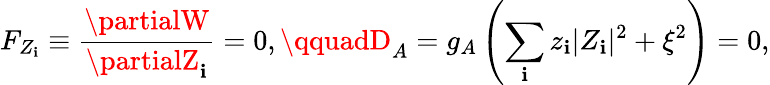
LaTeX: F_{Z_{\mathbf{i}}}\equiv\frac{{\partialW}}{{\partialZ_{\mathbf{i}}}}=0,\qquadD_{A}=g_{A}\left(\sum_{\mathbf{i}}z_{\mathbf{i}}|Z_{\mathbf{i}}|^{2}+\xi^{2}\right)=0,